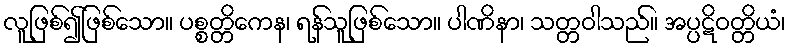
လူဖြစ်၍ဖြစ်သော။ ပစ္စတ္တိကေန၊ ရန်သူဖြစ်သော။ ပါဏိနာ၊ သတ္တဝါသည်။ အပ္ပဋိဝတ္တိယံ၊